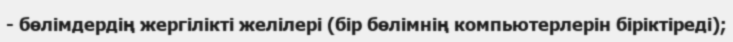
- бөлімдердің жергілікті желілері (бір бөлімнің компьютерлерін біріктіреді);